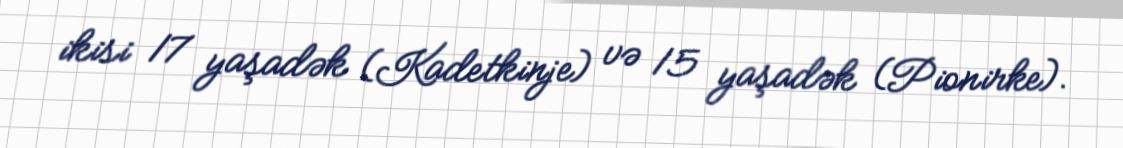
ikisi 17 yaşadək (Kadetkinje) və 15 yaşadək (Pionirke).